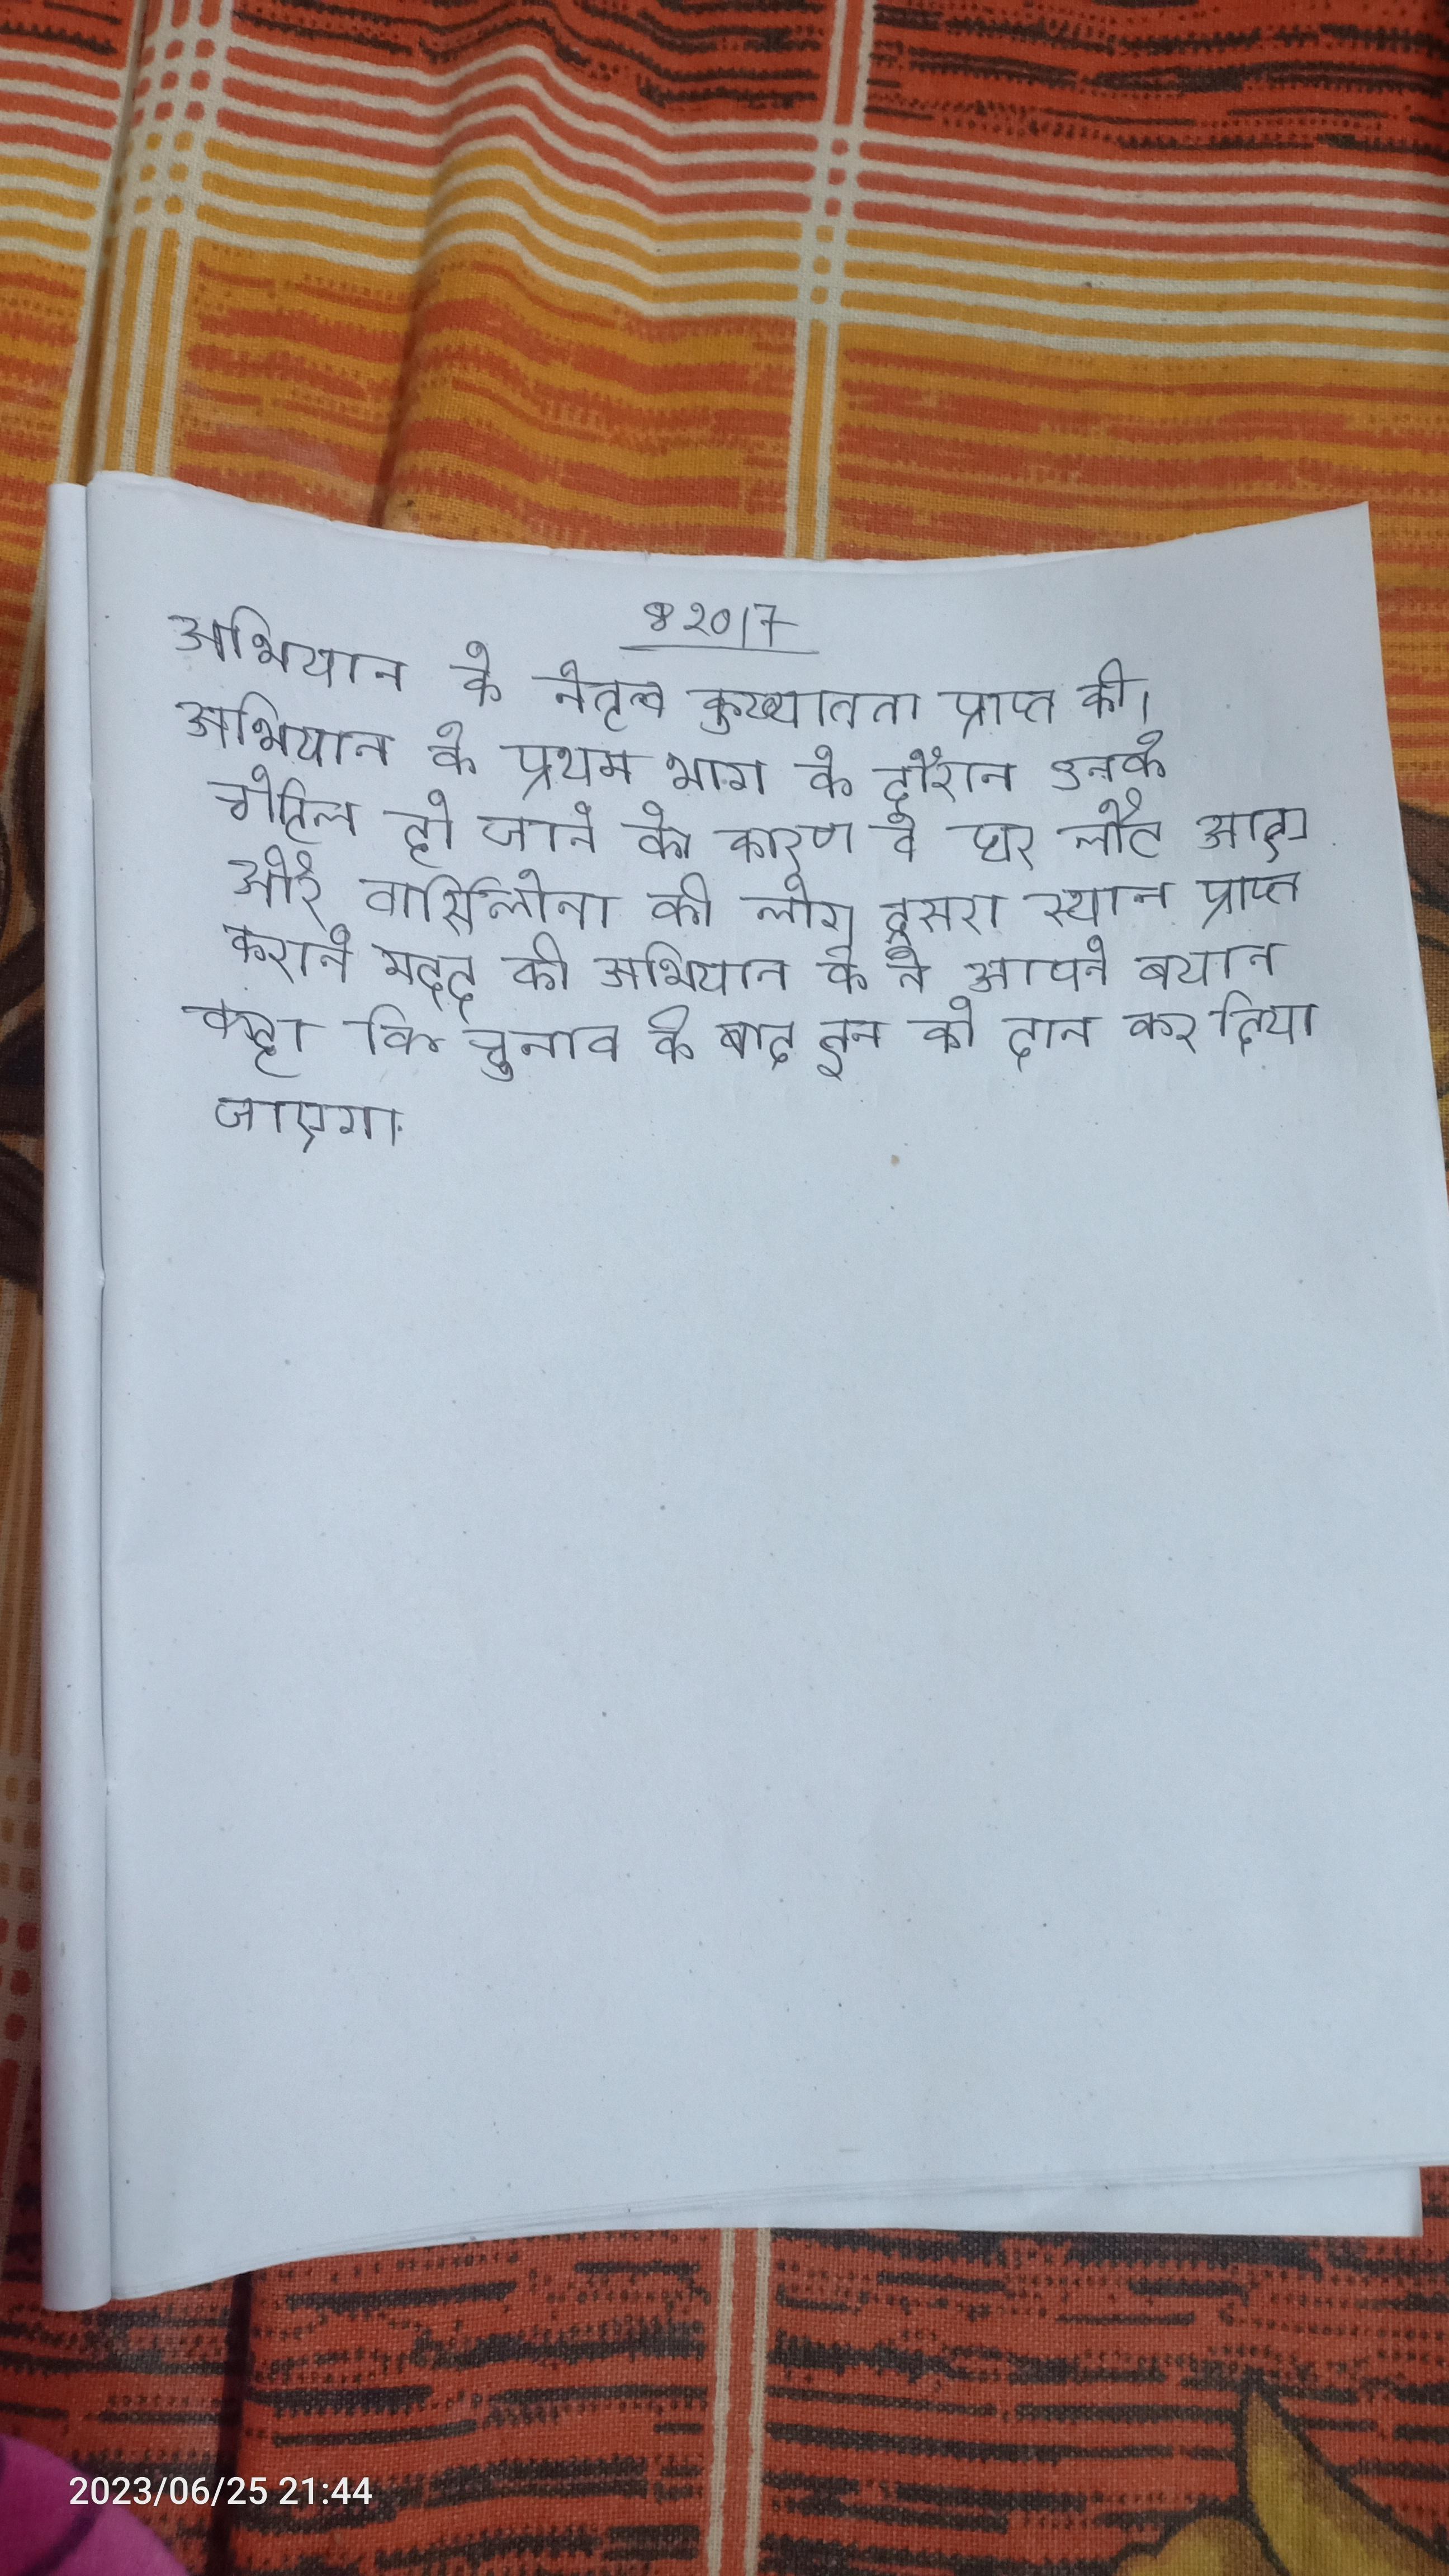
अभियान के नेतृत्व कुख्यातता प्राप्त की । अभियान के प्रथम भाग के दौरान उनके चोटिल हो जाने के कारण वे घर लौट आए और बार्सिलोना को लीग दूसरा स्थान प्राप्त कराने मदद की . अभियान के ने अपने बयान कहा कि चुनाव के बाद इन को दान कर दिया जाएगा .